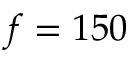
f = 1 5 0